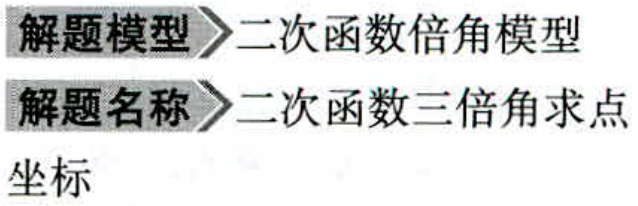
\begin{description}
\item[解题模型] 二次函数倍角模型
\item[解题名称] 二次函数三倍角求点坐标
\end{description}